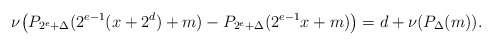
\begin{align*}\nu\bigl(P_{2^e+\Delta}(2^{e-1}(x+2^d)+m)-P_{2^e+\Delta}(2^{e -1}x+m)\bigr)=d+\nu(P_\Delta(m)).\end{align*}